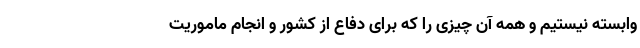
وابسته نیستیم و همه آن چیزی را که برای دفاع از کشور و انجام ماموریت